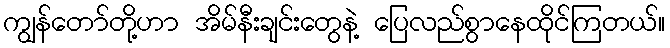
ကျွန်တော်တို့ဟာ အိမ်နီးချင်းတွေနဲ့ ပြေလည်စွာနေထိုင်ကြတယ်။